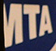
MTA